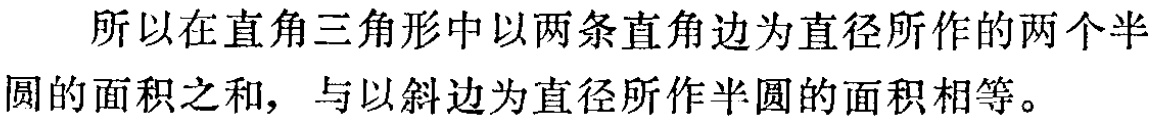
所以在直角三角形中以两条直角边为直径所作的两个半圆的面积之和，与以斜边为直径所作半圆的面积相等。